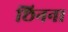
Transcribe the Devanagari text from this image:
छिनना